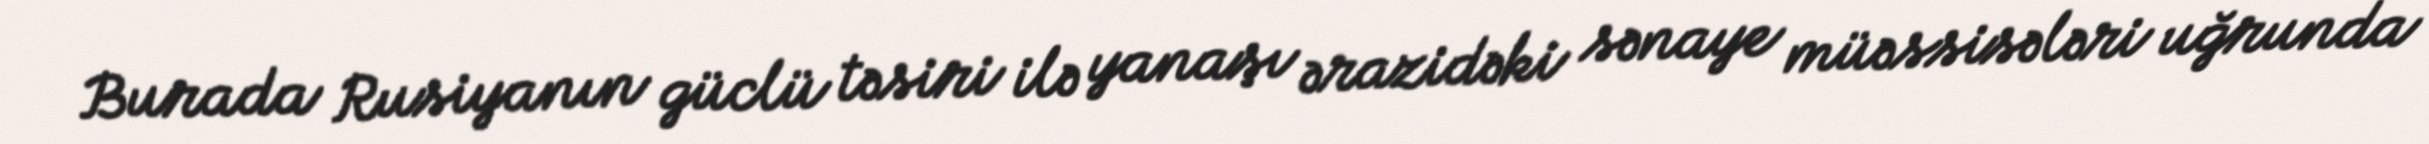
Burada Rusiyanın güclü təsiri ilə yanaşı ərazidəki sənaye müəssisələri uğrunda